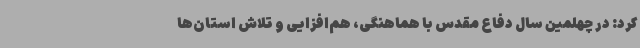
کرد: در چهلمین سال دفاع مقدس با هماهنگی، هم‌افزایی و تلاش استان‌ها